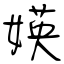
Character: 媖